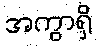
အကွာရှိ